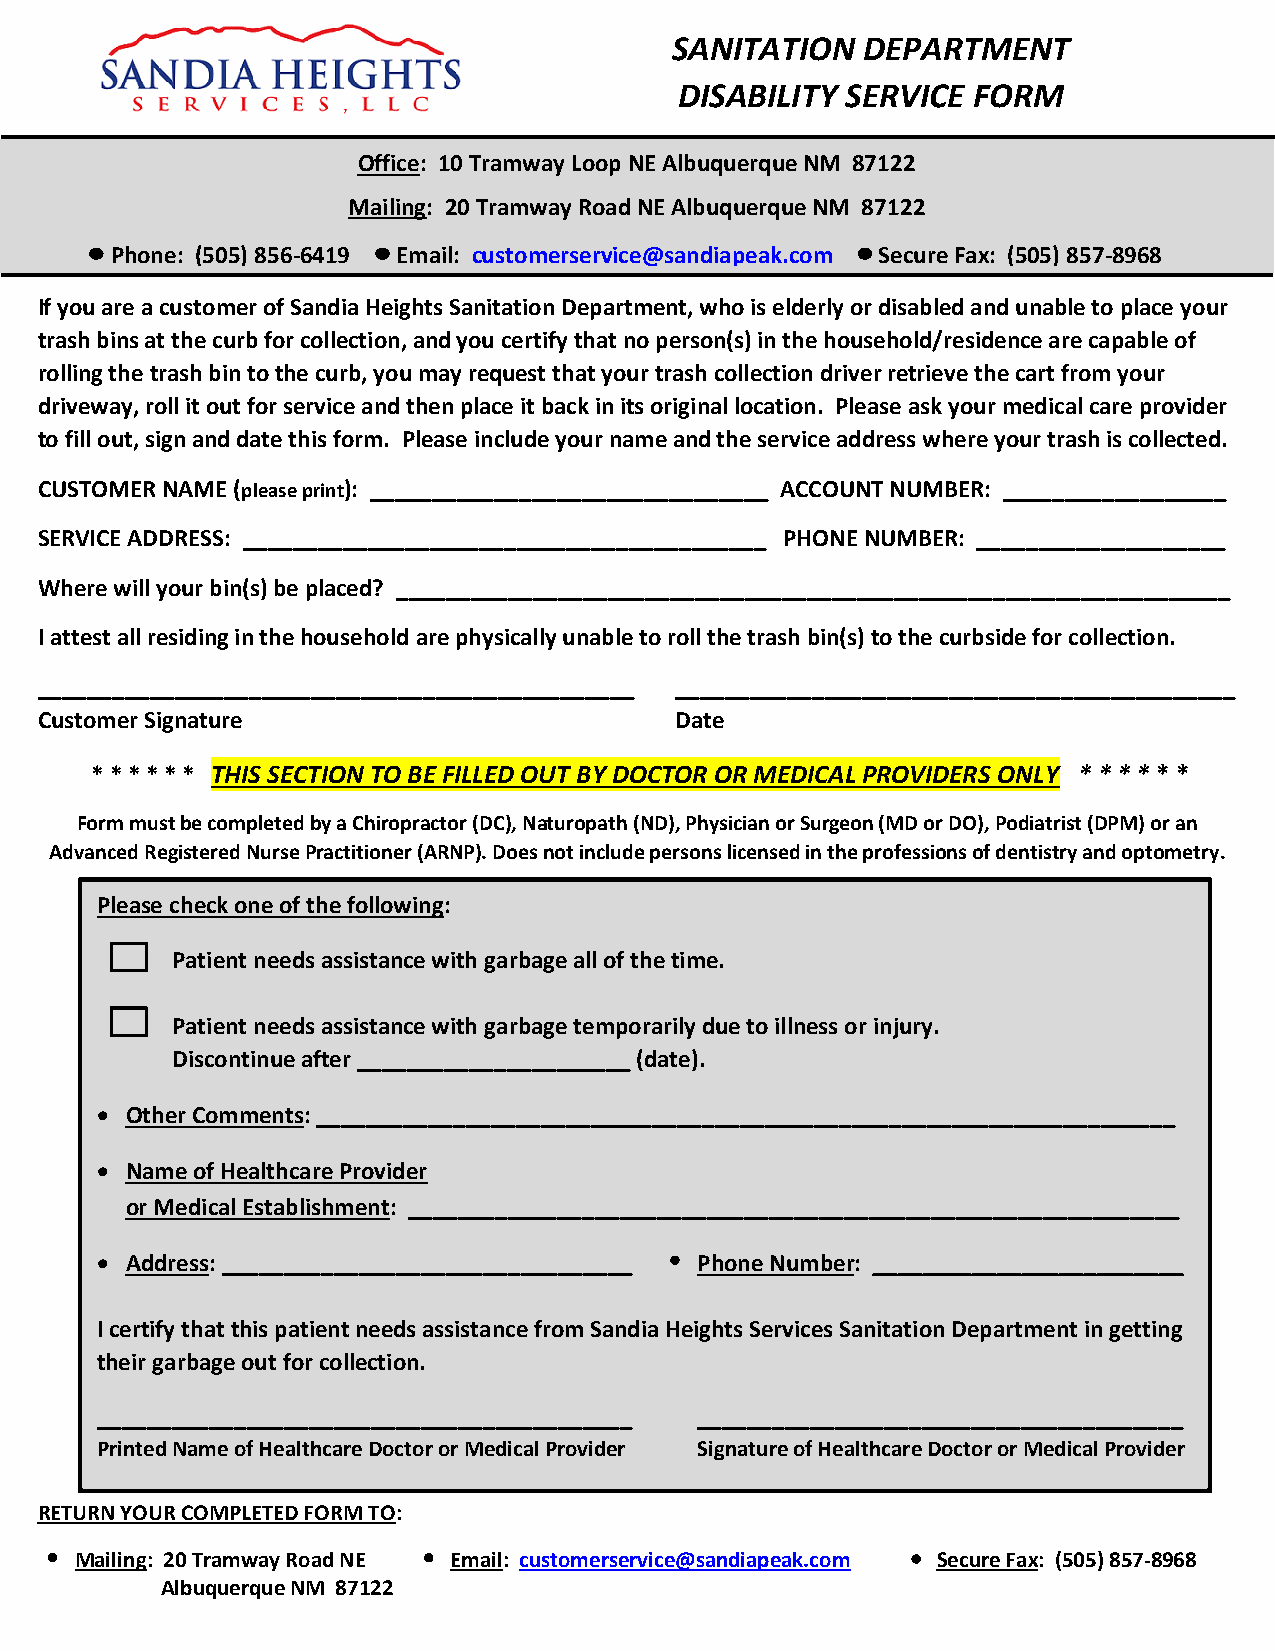
SANITATION   DEPARTMENT
 DISABILITY SERVICE FORM
 Office: 10 Tramway Loop N E Albuquerque NM 87122
 Mailing: 20 Tramway Road N E Albuquerque NM 87122
 Phone: (505) 856-6419 Email: customerservice @sandiapeak.com Secure Fax: (505) 857-8968
 If you are a customer of Sandia Heights Sanitation Department, who is elderly or disabled and unable to place your
 trash bins at the curb for collection, and you certify that no person(s) in the household/residence are capable of
 rolling the trash bin to the curb, you may request that your trash collection driver retrieve the cart from your
 driveway, roll it out for service and then place it back in its original location. Please ask your medical care provider
 to fill out, sign and date this form. Please include your name and the service address where your trash is collected.
 CUSTOMER NAME (please print): ________________________________ ACCOUNT NUMBER: __________________
 SERVICE ADDRESS: __________________________________________ PHONE NUMBER: ____________________
 Where will your bin(s) be placed? ___________________________________________________________________
 I attest all residing in the household are physically unable to roll the trash bin(s) to the curbside for collection.
 ________________________________________________ _____________________________________________
 Customer Signature                         Date
 * * * * * * THIS SECTION TO BE FILLED OUT BY DOCTOR OR MEDICAL PROVIDERS ONLY * * * * * *
 Form must be completed by a Chiropractor (DC), Naturopath (ND), Physician or Surgeon (MD or DO), Podiatrist (DPM) or an
 Advanced Registered Nurse Practitioner (ARNP). Does not include persons licensed in the professions of dentistry and optometry.
 Please check one of the following:
 Patient needs assistance with garbage all of the time.
 Patient needs assistance with garbage temporarily due to illness or injury.
 Discontinue after ______________________ (date).
  Other Comments: _____________________________________________________________________
  Name of Healthcare Provider
 or Medical Establishment: ______________________________________________________________
  Address: _________________________________ Phone Number: _________________________
 I certify that this patient needs assistance from Sandia Heights Services Sanitation Department in getting
 their garbage out for collection.
 ___________________________________________ _______________________________________
 Printed Name of Healthcare Doctor or Medical Provider Signature of Healthcare Doctor or Medical Provider
 RETUR N YOUR COMPLETED FORM TO:
 Ma i l ing: 20 Tramway Road NE Email: customerservice@sandiapeak.com Secure Fax: (505) 857-8968
 Albuquerque NM 87122